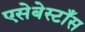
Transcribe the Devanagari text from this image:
एसेबेस्टाँस